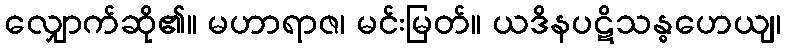
လျှောက်ဆို၏။ မဟာရာဇ၊ မင်းမြတ်။ ယဒိနပဋိသန္ဓဟေယျ၊